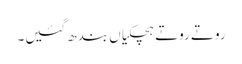
روتے روتے ہچکیاں بندھ گئیں۔